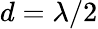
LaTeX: d=\lambda/2